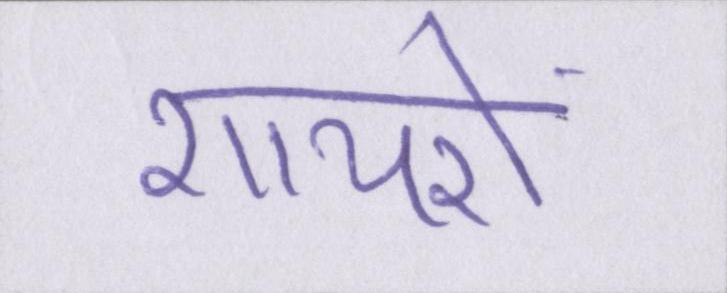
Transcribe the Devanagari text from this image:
शायरों